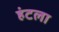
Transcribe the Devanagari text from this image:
हंटला